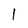
Character: 1